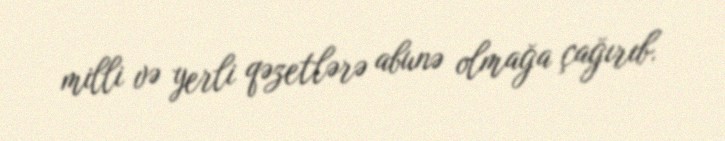
milli və yerli qəzetlərə abunə olmağa çağırıb.